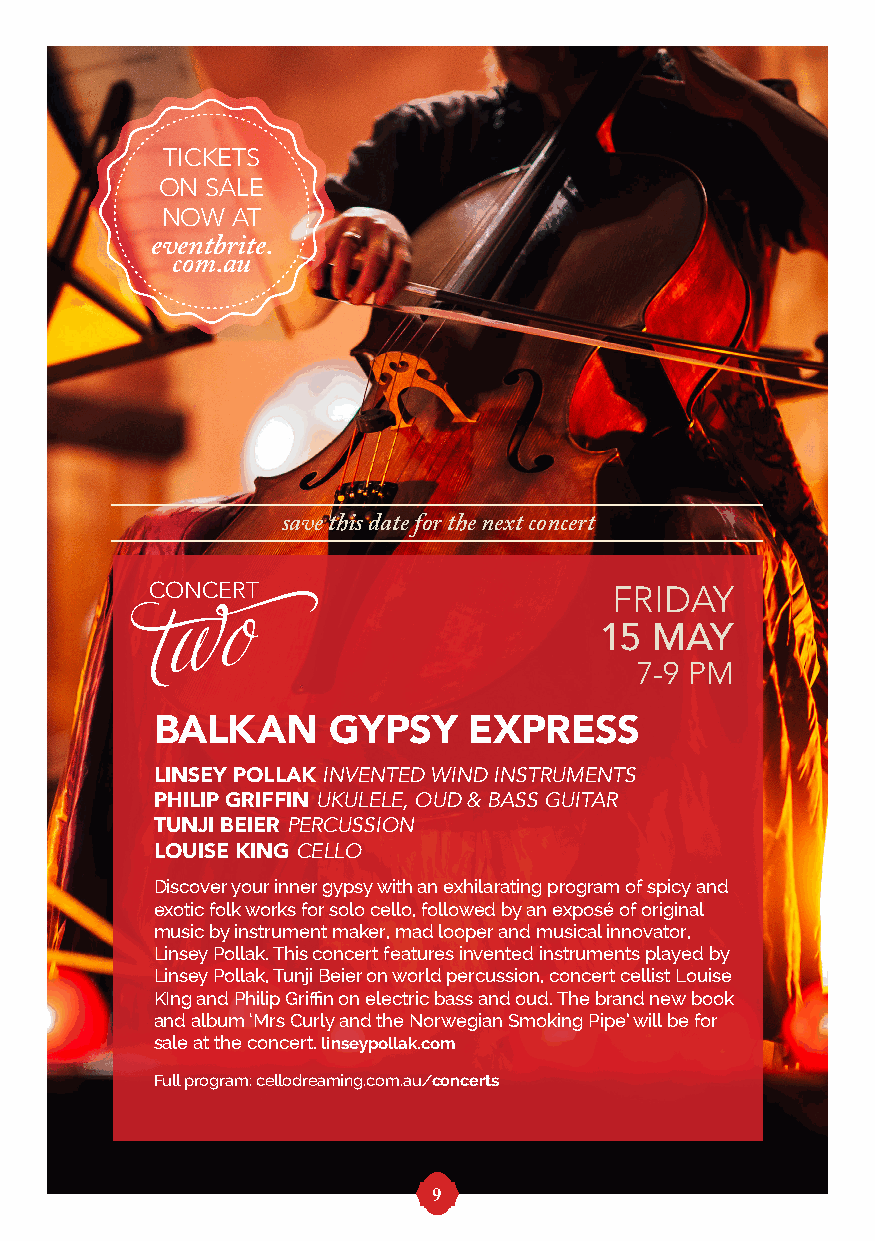
TICKETS
 ON SALE
 NOW AT
 eventbrite.
 com.au
 save this date for the next concert
 CONCERT                        FRIDAY
 15 MAY
 wo
 t
 7-9 PM
 BALKAN      GYPSY    EXPRESS
 LINSEY POLLAK INVENTED WIND INSTRUMENTS
 PHILIP GRIFFIN UKULELE, OUD & BASS GUITAR
 TUNJI BEIER PERCUSSION
 LOUISE KING CELLO
 Discover your inner gypsy with an exhilarating program of spicy and
 exotic folk works for solo cello, followed by an exposé of original
 music by instrument maker, mad looper and musical innovator,
 Linsey Pollak. This concert features invented instruments played by
 Linsey Pollak, Tunji Beier on world percussion, concert cellist Louise
 KIng and Philip Griffin on electric bass and oud. The brand new book
 and album ‘Mrs Curly and the Norwegian Smoking Pipe’ will be for
 sale at the concert. linseypollak.com
 Full program: cellodreaming.com.au/concerts
 9